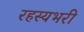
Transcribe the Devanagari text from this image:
रहस्यभरी